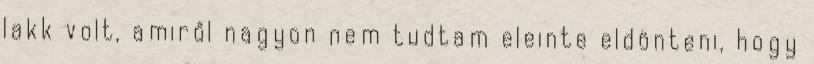
lakk volt, amiről nagyon nem tudtam eleinte eldönteni, hogy